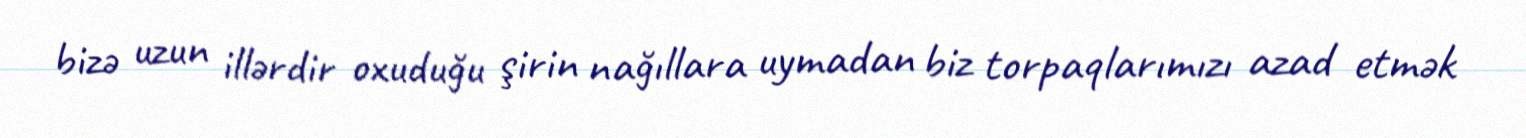
bizə uzun illərdir oxuduğu şirin nağıllara uymadan biz torpaqlarımızı azad etmək